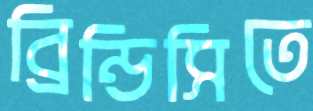
ব্রিন্ডিসিতে